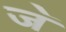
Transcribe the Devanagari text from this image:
ज॓